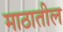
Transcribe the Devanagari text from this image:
माठातील